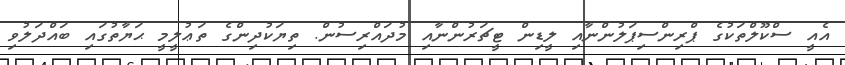
އެއީ ސްކޫލްތަކުގެ ޕްރިންސިޕަލުންނާއި ލީޑިން ޓީޗަރުންނާއި މުދައްރިސުން. ތިޔަކުދިންގެ ތަޢުލީމީ ޙަޔާތުގައި ބައްދަލުވި